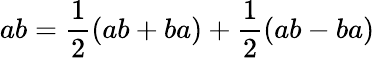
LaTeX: ab={\frac{1}{2}}(ab+ba)+{\frac{1}{2}}(ab-ba)